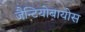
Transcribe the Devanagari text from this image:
जैन्टियोबायोस